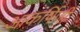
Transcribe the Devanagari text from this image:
आकर्षिणी